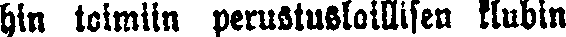
in toimiin perustuslaillisen klubin